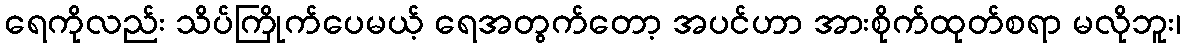
ရေကိုလည်း သိပ်ကြိုက်ပေမယ့် ရေအတွက်တော့ အပင်ဟာ အားစိုက်ထုတ်စရာ မလိုဘူး၊